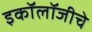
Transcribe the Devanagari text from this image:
इकॉलॉजीचे